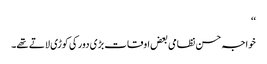
‘‘
خواجہ حسن نظامی بعض اوقات بڑی دور کی کوڑی لاتے تھے۔